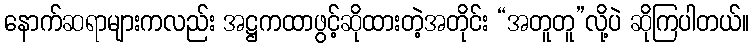
နောက်ဆရာများကလည်း အဋ္ဌကထာဖွင့်ဆိုထားတဲ့အတိုင်း “အတူတူ”လို့ပဲ ဆိုကြပါတယ်။